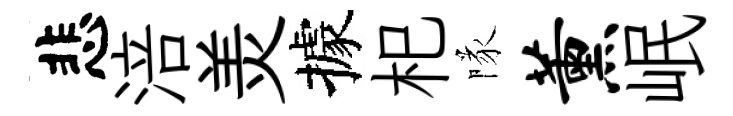
悲涪羙據𣏌隊薰岷